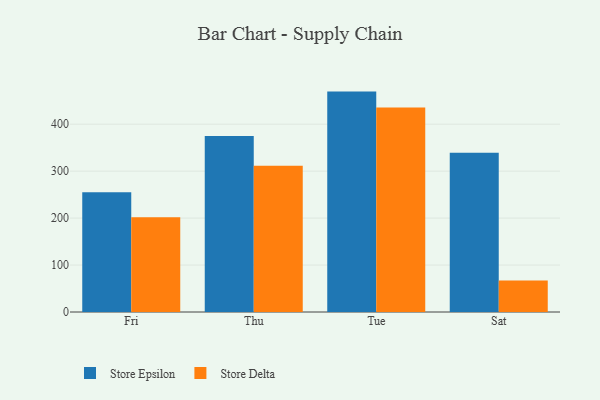
{"axis": {"x": "Day", "y": "Customer Acquisition Cost (USD)"}, "legend": ["Store Delta", "Store Epsilon"], "data": [{"x": "Fri", "y": 255.2, "type": "Store Epsilon"}, {"x": "Fri", "y": 201.6, "type": "Store Delta"}, {"x": "Thu", "y": 375.1, "type": "Store Epsilon"}, {"x": "Thu", "y": 311.7, "type": "Store Delta"}, {"x": "Tue", "y": 469.4, "type": "Store Epsilon"}, {"x": "Tue", "y": 435.4, "type": "Store Delta"}, {"x": "Sat", "y": 339.0, "type": "Store Epsilon"}, {"x": "Sat", "y": 66.9, "type": "Store Delta"}]}